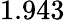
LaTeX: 1.943